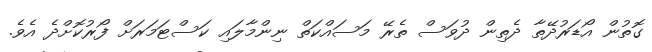
ގޮތުން އޯޑަރުދޭތާ ދެތިން ދުވަސް ތެރޭ މަސައްކަތް ނިންމާލައި ކަސްޓަމަރަށް ފޯރުކޮށްދެ އެވެ.